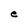
Character: e